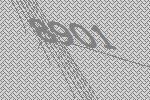
8901